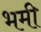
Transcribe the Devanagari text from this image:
भमी